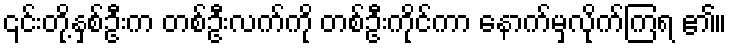
၎င်းတို့နှစ်ဦးက တစ်ဦးလက်ကို တစ်ဦးကိုင်ကာ နောက်မှလိုက်ကြရ ၏။